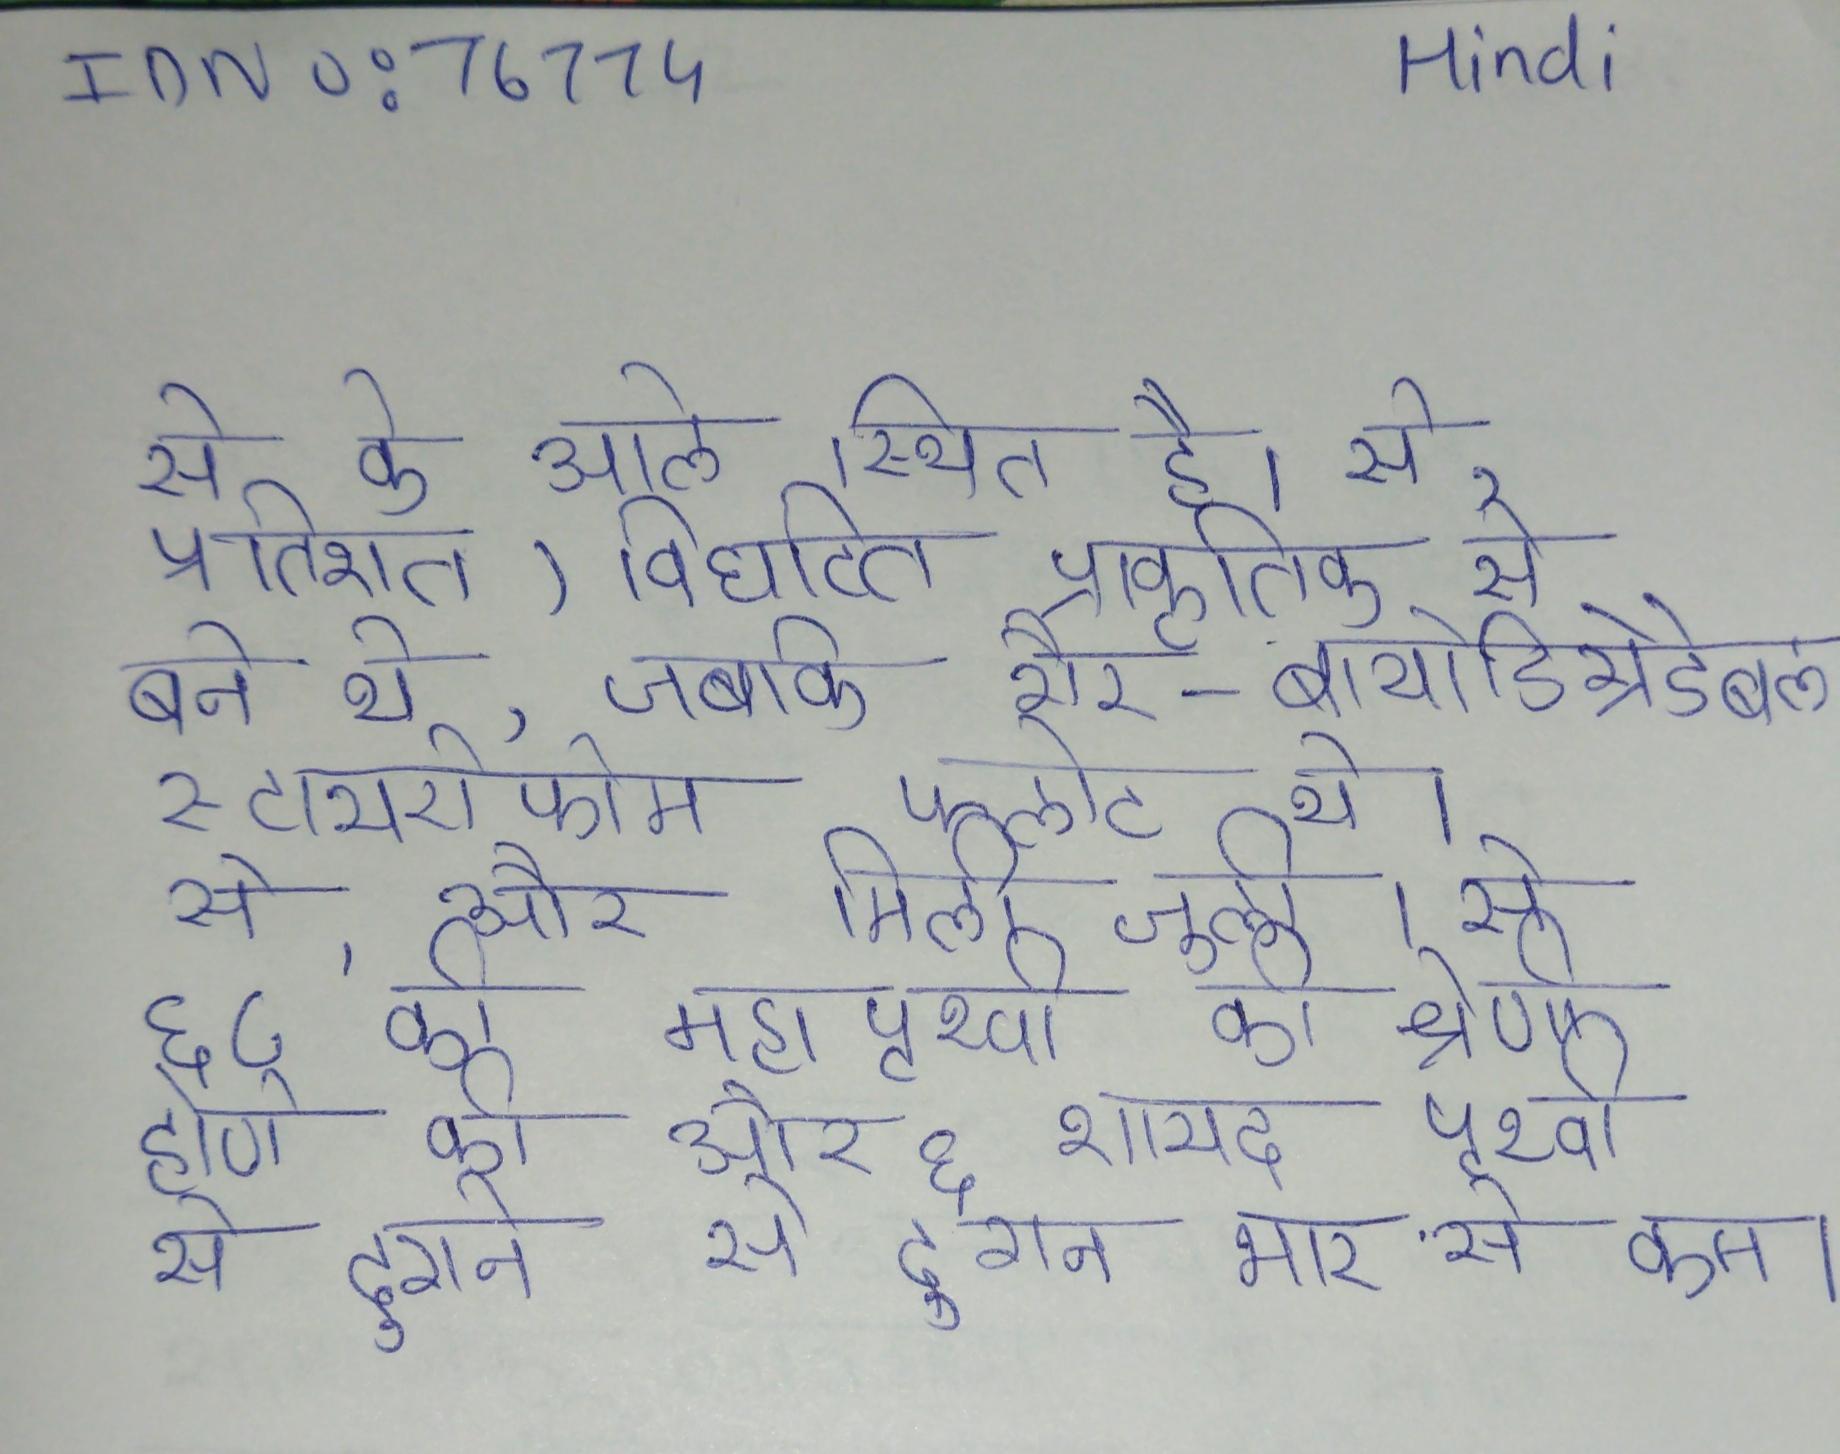
से के आले स्थित है । से, प्रतिशत) विघटित प्राकृतिक से बने थे, जबकि गैर-बायोडिग्रेडेबल स्टायरोफोम फ्लोट थे । से, और मिली जुली । से ६८ की महापृथ्वी की श्रेणी होने की है और ६ शायद पृथ्वी से दुगने भार से कम ।